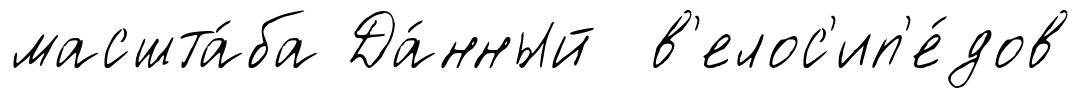
масшта́ба Да́нный в'елос'ип'е́дов